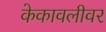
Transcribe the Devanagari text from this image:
केकावलीवर